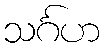
သင်္ဂဟ